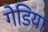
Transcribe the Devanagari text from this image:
गेडिया